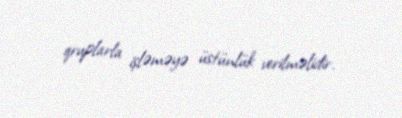
qruplarla işləməyə üstünlük verilməlidir.